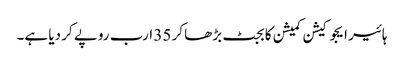
ہائیر ایجوکیشن کمیشن کا بجٹ بڑھا کر 35 ارب روپے کر دیا ہے۔